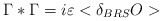
\begin{align*}\Gamma *\Gamma =i\varepsilon <\delta _{BRS}O>\end{align*}